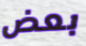
بعض